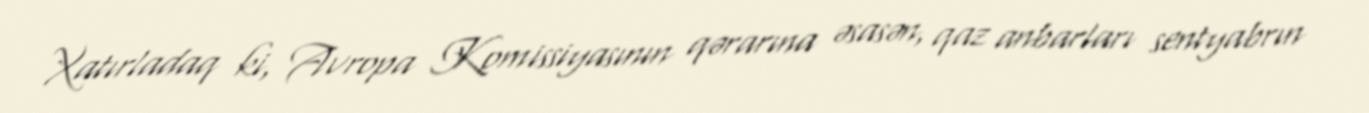
Xatırladaq ki, Avropa Komissiyasının qərarına əsasən, qaz anbarları sentyabrın